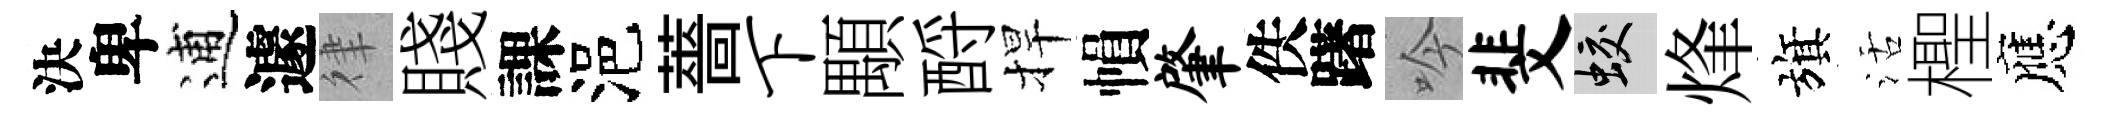
決卑逋遽律賤課浥薔下顒酹捍𢄙肇佚躇吟斐蛟烽旗活檉應